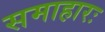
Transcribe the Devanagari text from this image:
समाहारः